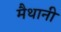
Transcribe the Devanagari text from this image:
मैथानी